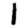
Digit: 1